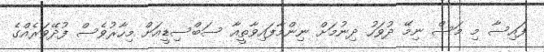
ފައިސާ މި މަސް ނިމޭ ދުވަހު ދިނުމަށް ނިންމާފައިވާތީއާ ސަބްސިޑީއަށް މިހާރުވެސް ފުދޭވަރެއްގެ